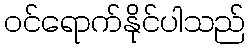
ဝင်ရောက်နိုင်ပါသည်